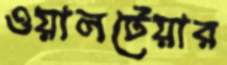
ওয়ালটেয়ার